Tartu_pedagoogiumi_aruanded, lk 8
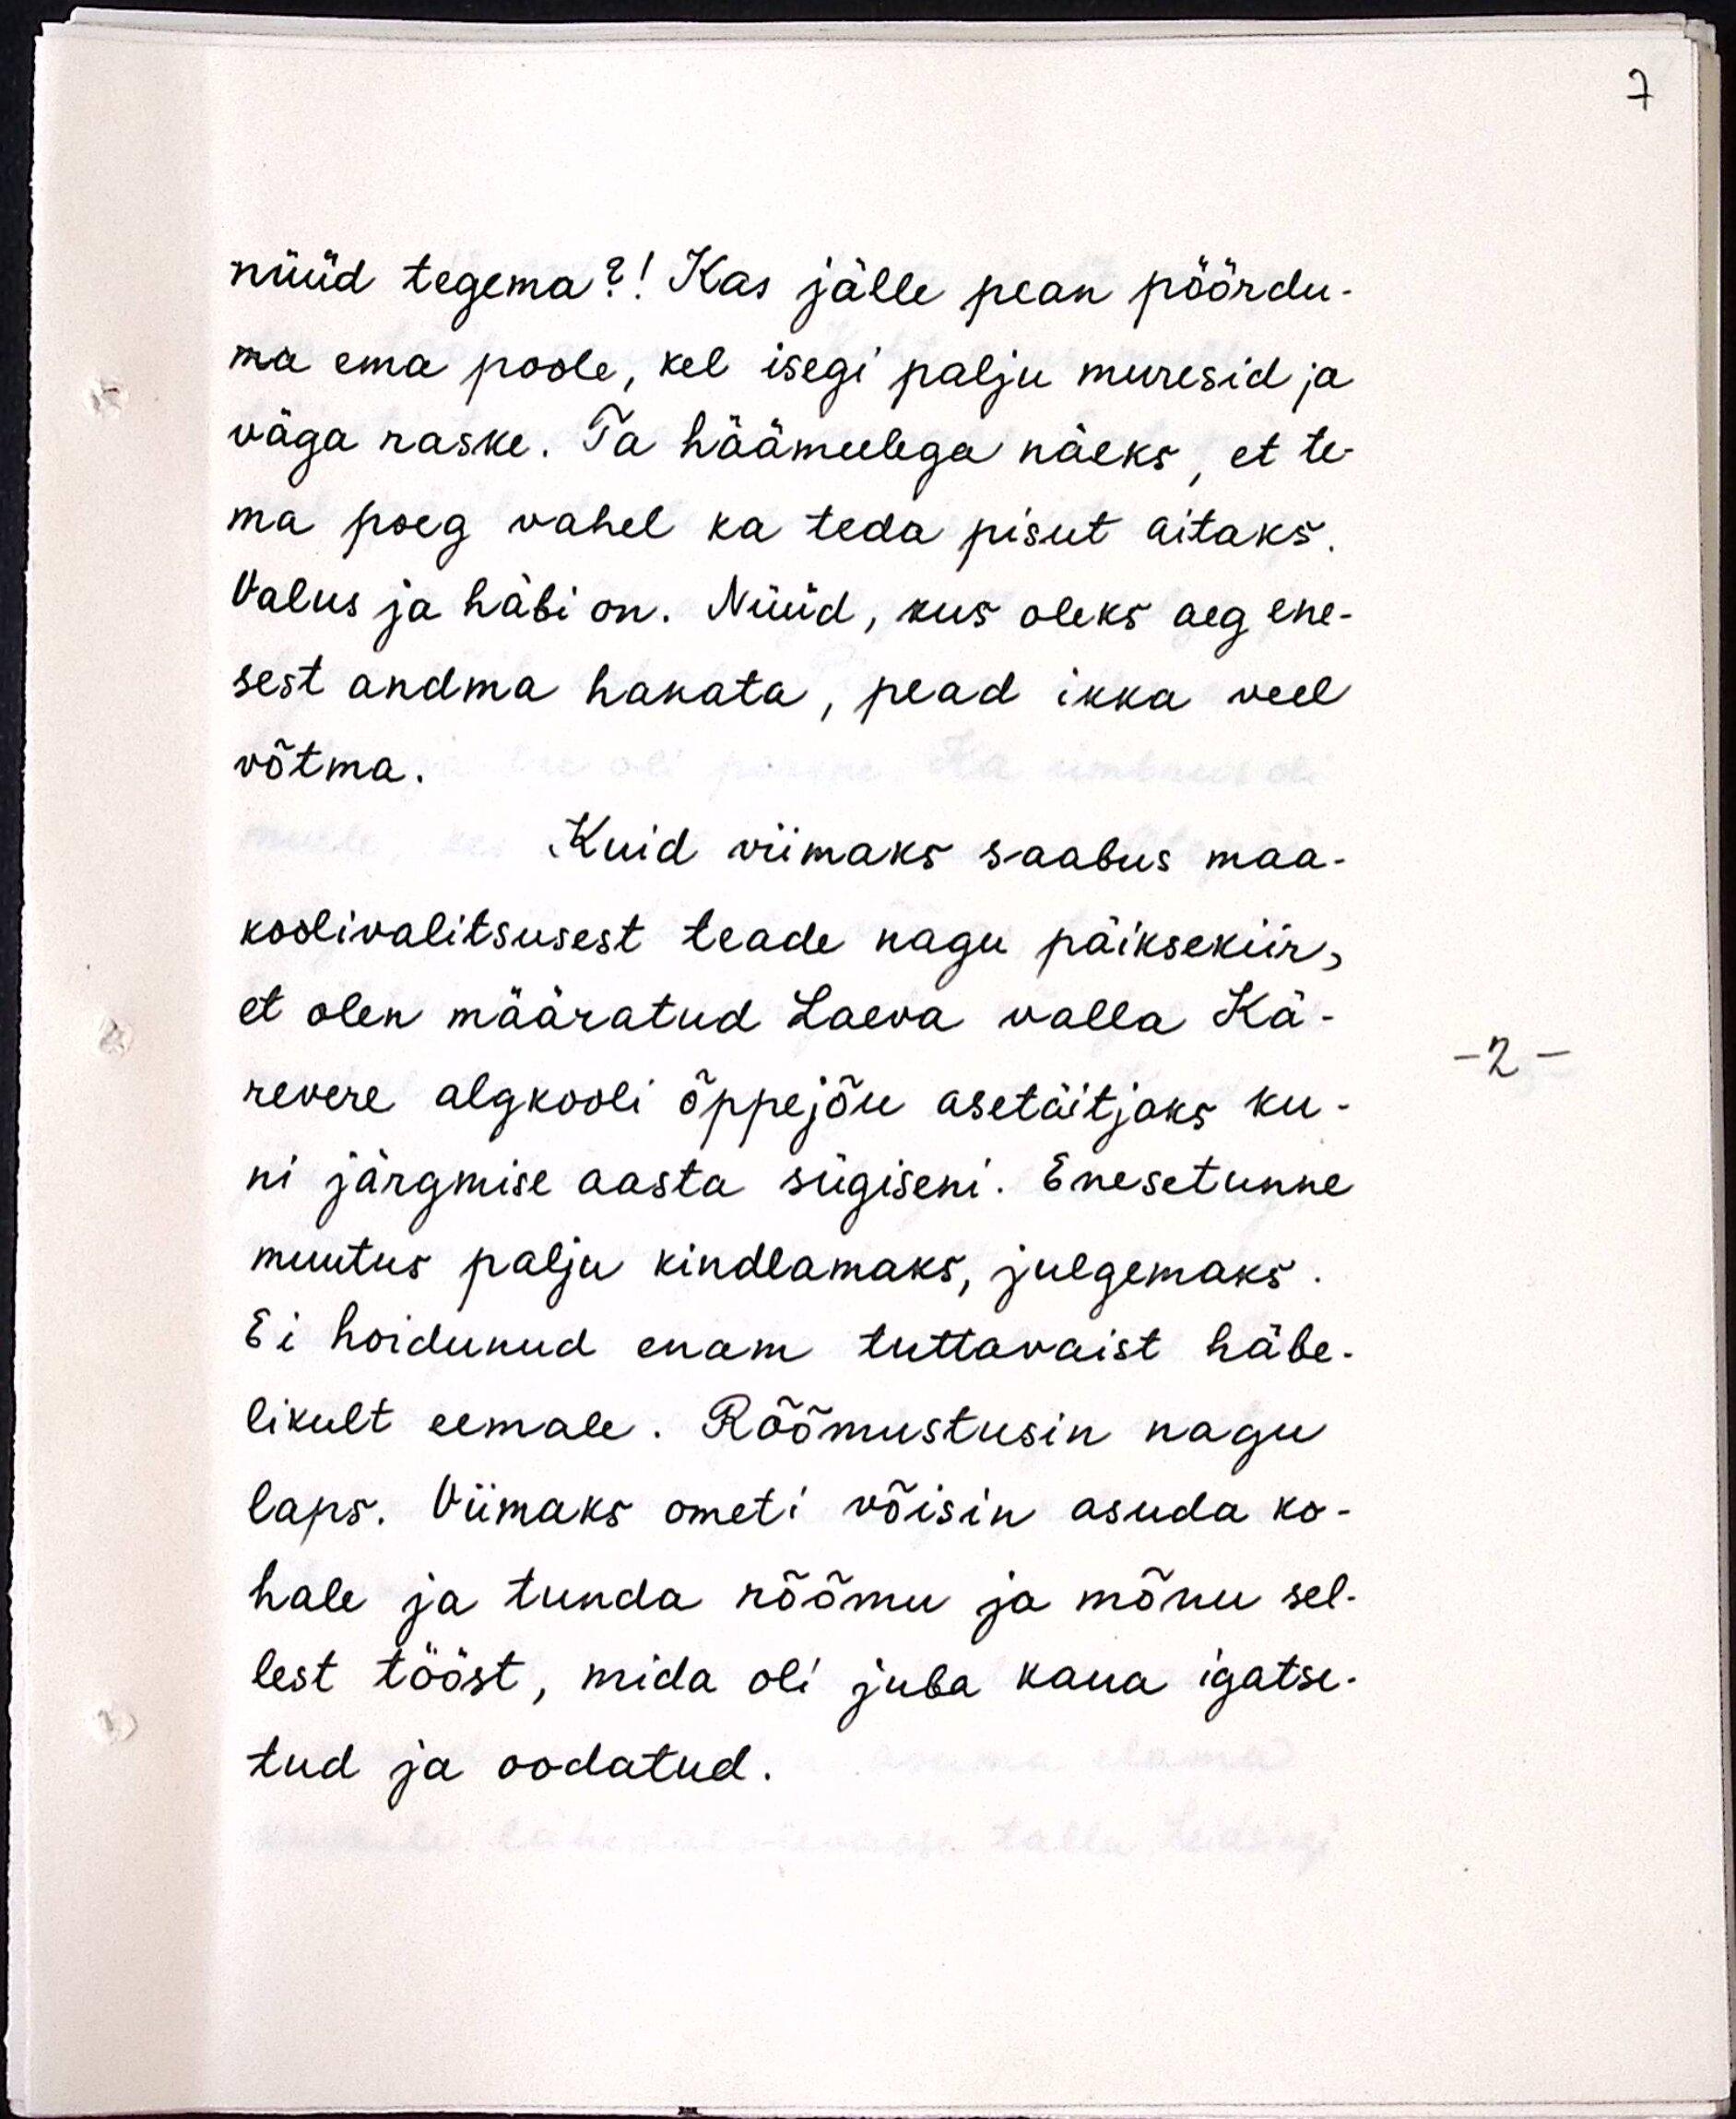
nüüd tegema?! Kas jälle pean pöördu-
ma ema poole, kel isegi palju muresid ja
väga raske. Ta häämeelega näeks, et te-
ma poeg vahel ka teda pisut aitaks.
Valus ja häbi on. Nüüd, kus oleks aeg ene-
sest andma hakata, pead ikka veel
võtma.
Kuid viimaks saabus maa-
koolivalitsusest teade nagu päiksekiir,
et olen määratud Laeva valla Kä-
revere algkooli õppejõu asetäitjaks ku-
ni järgmise aasta sügiseni. Enesetunne
muutus palju kindlamaks, julgemaks.
Ei hoidunud enam tuttavaist häbe-
likult eemale. Rõõmustusin nagu
laps. Viimaks ometi võisin asuda ko-
hale ja tunda rõõmu ja mõnu sel-
lest tööst, mida oli juba kaua igatse-
tud ja oodatud.